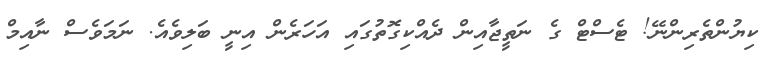
ކިޔުންތެރިންނޭ! ޓެސްޓް ގެ ނަތީޖާއިން ދެއްކިގޮތުގައި އަހަރެން އިނީ ބަލިވެއެ. ނަމަވެސް ނާއިމް